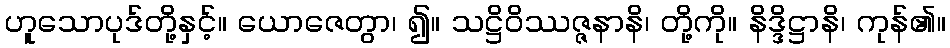
ဟူသောပုဒ်တို့နှင့်။ ယောဇေတွာ၊ ၍။ သဋ္ဌိဝိဿဇ္ဇနာနိ၊ တို့ကို။ နိဒ္ဒိဋ္ဌာနိ၊ ကုန်၏။